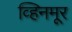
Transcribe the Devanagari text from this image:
व्हिनमूर